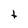
Character: t